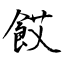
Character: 餀